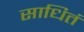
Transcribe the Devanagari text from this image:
साधितं